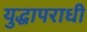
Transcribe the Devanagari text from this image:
युद्धापराधी